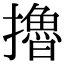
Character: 擼